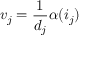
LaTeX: v _ { j } = { \frac { 1 } { d _ { j } } } \alpha ( i _ { j } )